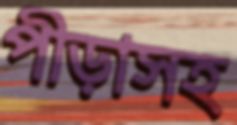
পীড়াসহ